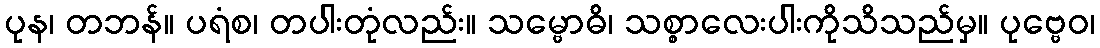
ပုန၊ တဘန်။ ပရံစ၊ တပါးတုံလည်း။ သမ္ဗောဓိ၊ သစ္စာလေးပါးကိုသိသည်မှ။ ပုဗ္ဗေဝ၊